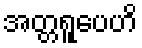
အတ္တရူပေဟိ